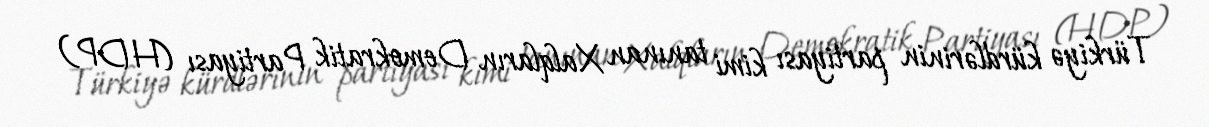
Türkiyə kürdlərinin partiyası kimi tanınan Xalqların Demokratik Partiyası (HDP)